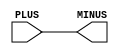
// This program was cloned from: https://github.com/chipsalliance/aib-phy-hardware
// License: Apache License 2.0

// SPDX-License-Identifier: Apache-2.0
// Copyright (C) 2019 Intel Corporation. 
//------------------------------------------------------------------------
// Copyright (c) 2012 Altera Corporation. .
module aibndaux_aliasd ( PLUS, MINUS );

	input   PLUS;
	output  MINUS;

	assign MINUS = PLUS;

endmodule